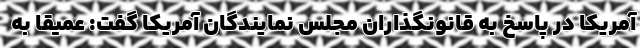
آمریکا در پاسخ به قانونگذاران مجلس نمایندگان آمریکا گفت: عمیقا به